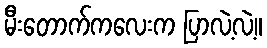
မီးတောက်ကလေးက ပြာလဲ့လဲ့။